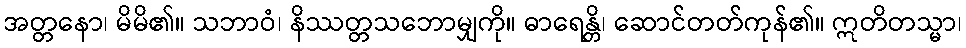
အတ္တနော၊ မိမိ၏။ သဘာဝံ၊ နိဿတ္တသဘောမျှကို။ ဓာရေန္တိ၊ ဆောင်တတ်ကုန်၏။ ဣတိတသ္မာ၊